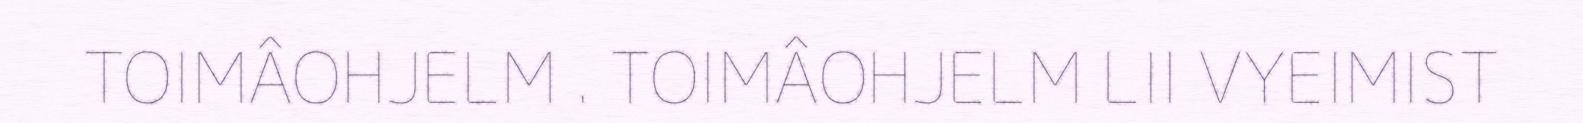
TOIMÂOHJELM . TOIMÂOHJELM LII VYEIMIST